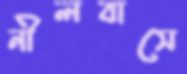
নীলবাসে